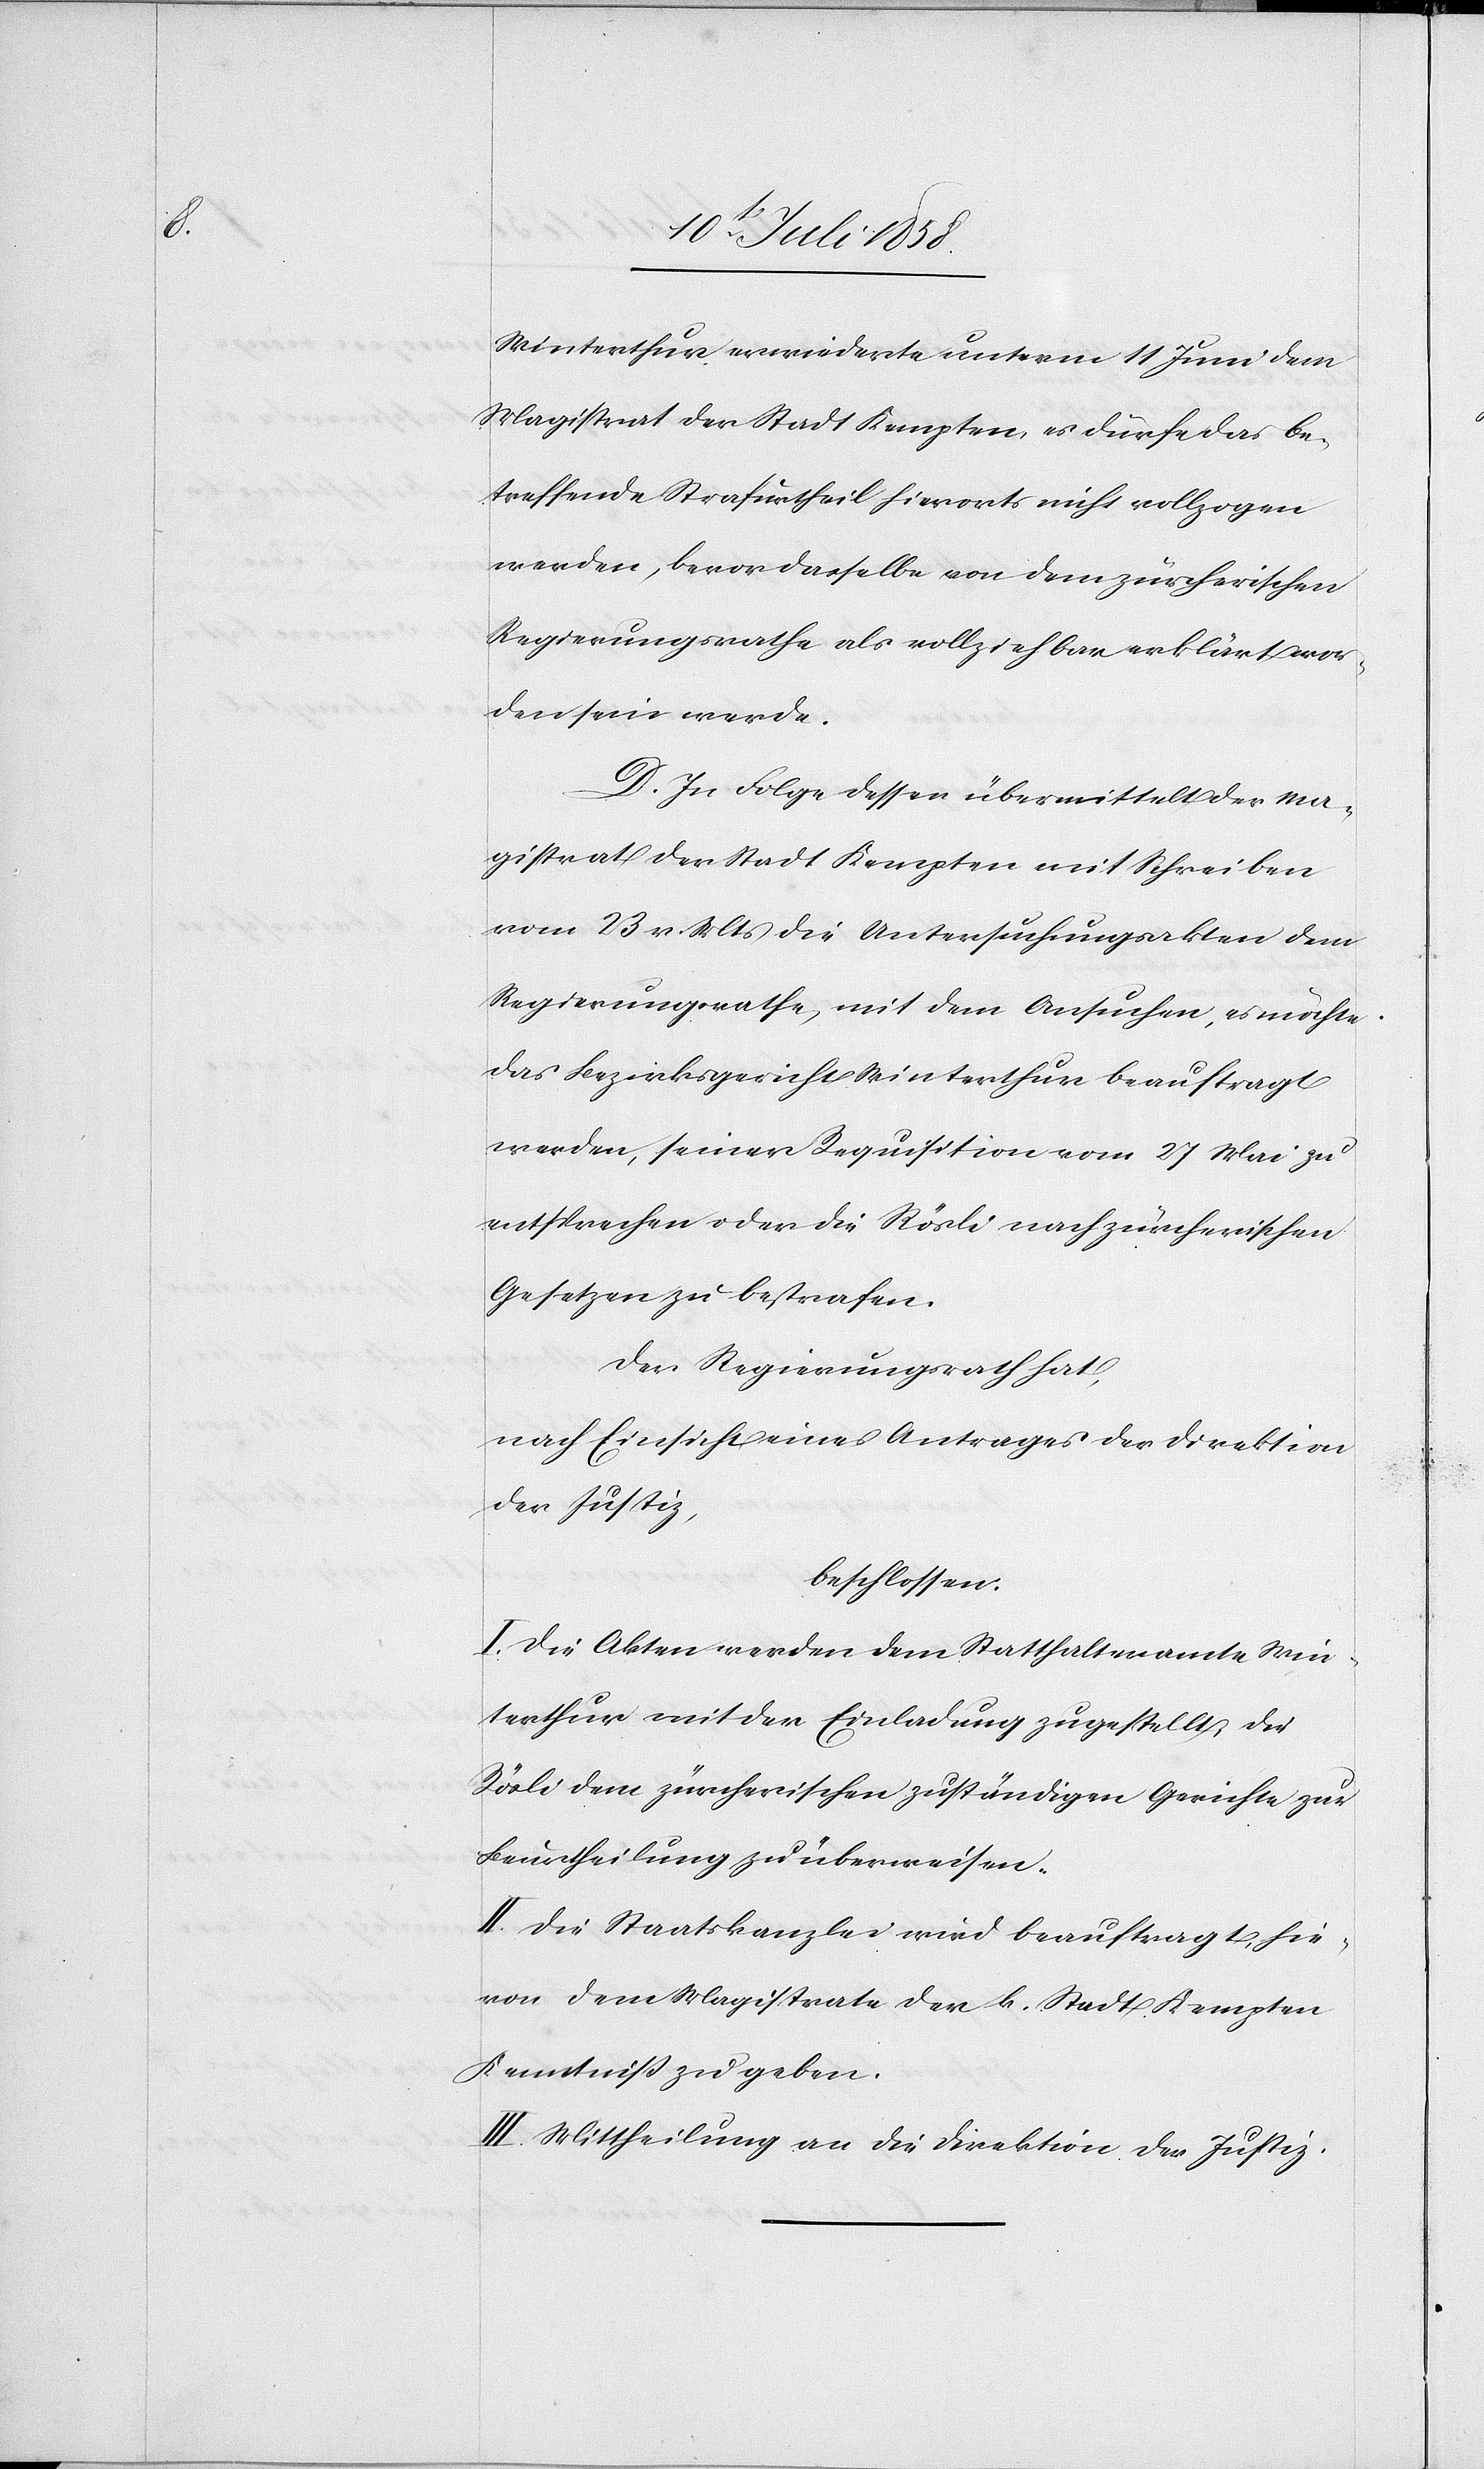
Winterthur erwiederte unterm 11 Juni dem
Magistrat der Stadt Kempten, es dürfe das be¬
treffende Strafurtheil hierorts nicht vollzogen
werden, bevor dasselbe von dem zürcherischen
Regierungsrathe als vollziehbar erklärt wor¬
den sein werde.
D. In Folge dessen übermittelt der Ma¬
gistrat der Stadt Kempten mit Schreiben
vom 23 v. Mts die Untersuchungsakten dem
Regierungsrathe, mit dem Ansuchen, es möchte
das Bezirksgericht Winterthur beauftragt
werden, seiner Requisition vom 27 Mai zu
entsprechen oder die Rösli nach zürcherischen
Gesetzen zu bestrafen.
Der Regierungsrath hat,
nach Einsicht eines Antrages der Direktion
der Justiz,
beschlossen:
I. Die Akten werden dem Statthalteramte Win¬
terthur mit der Einladung zugestellt, die
Rösli dem zürcherischen zuständigen Gerichte zur
Beurtheilung zu überweisen.
II. Die Staatskanzlei wird beauftragt, hie¬
von dem Magistrate der k. Stadt Kempten
Kenntniß zu geben.
III. Mittheilung an die Direktion der Justiz.